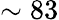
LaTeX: \sim 83